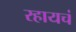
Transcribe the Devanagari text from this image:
रहायचं